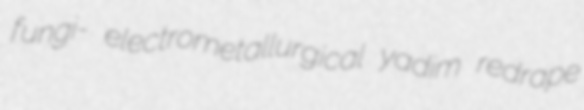
fungi- electrometallurgical yadim redrape